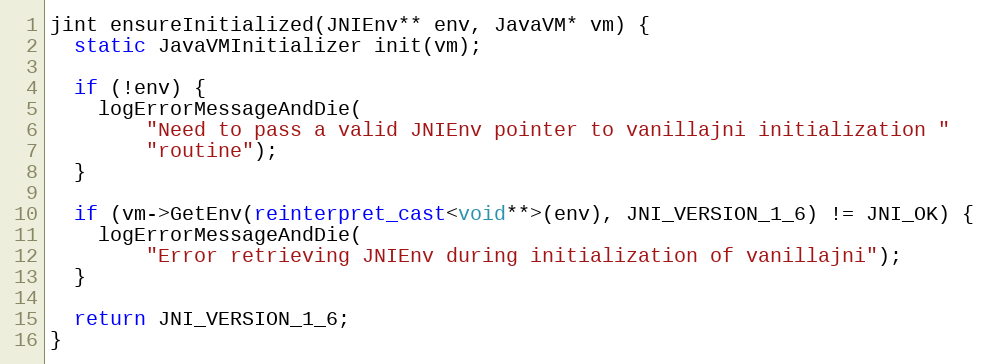
Language: C++
jint ensureInitialized(JNIEnv** env, JavaVM* vm) {
  static JavaVMInitializer init(vm);

  if (!env) {
    logErrorMessageAndDie(
        "Need to pass a valid JNIEnv pointer to vanillajni initialization "
        "routine");
  }

  if (vm->GetEnv(reinterpret_cast<void**>(env), JNI_VERSION_1_6) != JNI_OK) {
    logErrorMessageAndDie(
        "Error retrieving JNIEnv during initialization of vanillajni");
  }

  return JNI_VERSION_1_6;
}